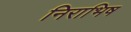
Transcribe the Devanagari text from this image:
निराभिष